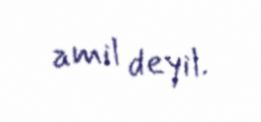
amil deyil.